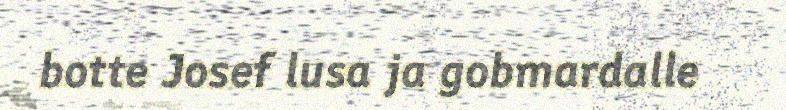
botte Josef lusa ja gobmardalle